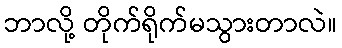
ဘာလို့ တိုက်ရိုက်မသွားတာလဲ။